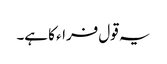
یہ قول فراء کا ہے۔